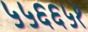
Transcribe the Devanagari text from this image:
५५६६५१